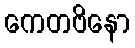
ကေတဗိနော